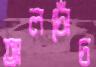
তালচোঁচ